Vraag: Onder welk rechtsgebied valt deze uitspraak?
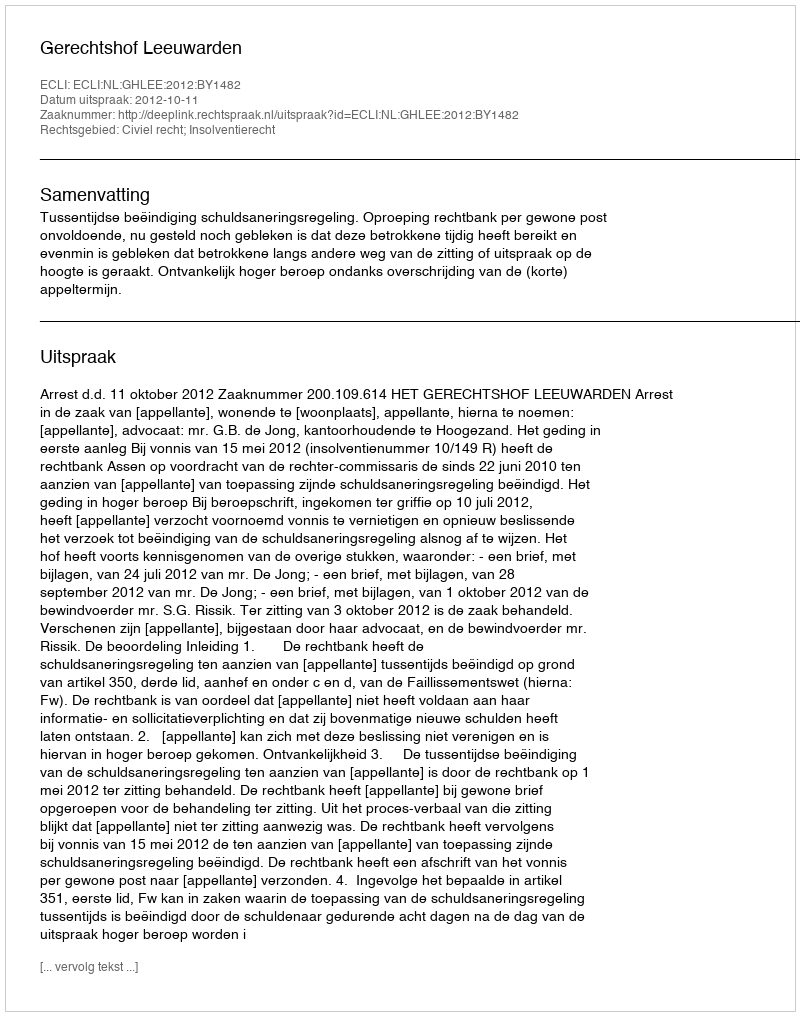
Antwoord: Civiel recht; Insolventierecht